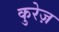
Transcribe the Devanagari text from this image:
कुरेज़